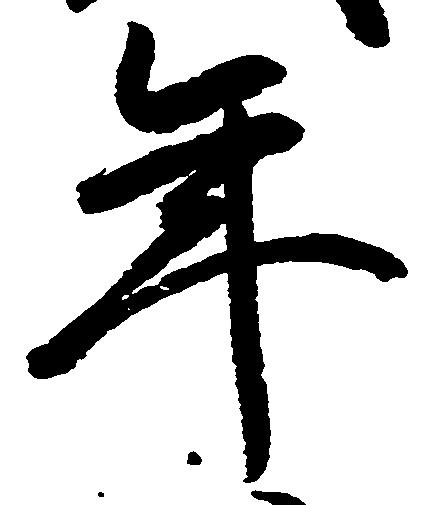
年